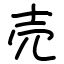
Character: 売